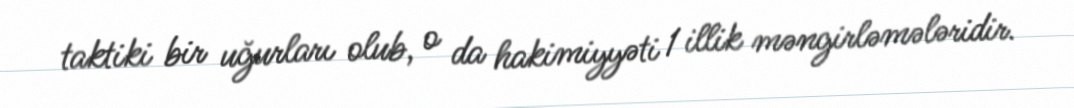
taktiki bir uğurları olub, o da hakimiyyəti 1 illik məngirləmələridir.